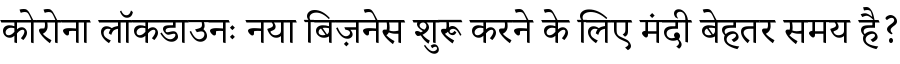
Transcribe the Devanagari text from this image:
कोरोना लॉकडाउनः नया बिज़नेस शुरू करने के लिए मंदी बेहतर समय है?